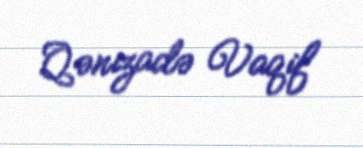
Qənizadə Vaqif